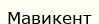
Мавикент